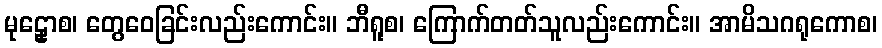
မုဠှောစ၊ တွေဝေခြင်းလည်းကောင်း။ ဘီရူစ၊ ကြောက်တတ်သူလည်းကောင်း။ အာမိသဂရုကောစ၊